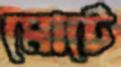
মোটে